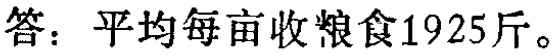
答：平均每亩收粮食1925斤。